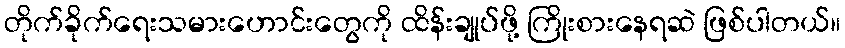
တိုက်ခိုက်ရေးသမားဟောင်းတွေကို ထိန်းချုပ်ဖို့ ကြိုးစားနေရဆဲ ဖြစ်ပါတယ်။